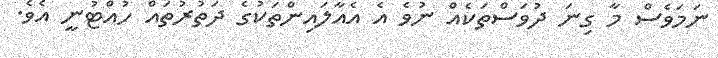
ނަމަވެސް މާ ގިނަ ދުވަސްތަކެއް ނުވެ އެ އެއާލައިންތަކުގެ ދަތުރުތައް ހުއްޓުނީ އެވެ.